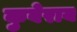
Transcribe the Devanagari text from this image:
कुबेराय